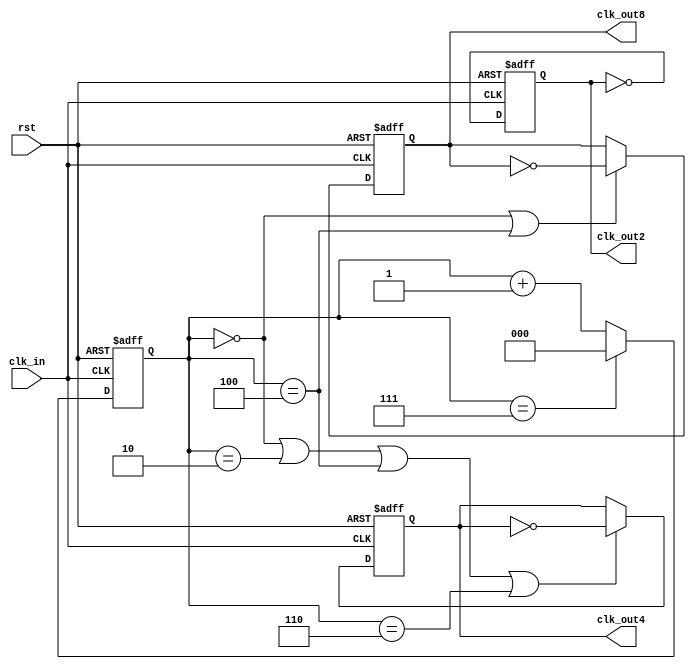
`timescale 1ns/1ns

module even_div
    (
    input     wire rst ,
    input     wire clk_in,
    output    wire clk_out2,
    output    wire clk_out4,
    output    wire clk_out8
    );
//*************code***********//
reg [2:0] cnt;
reg clk2,clk4,clk8;
always @(posedge clk_in or negedge rst)
begin
if(!rst)
cnt<=0;
else if(cnt==7)
cnt<=0;
else
cnt<=cnt+1;
end

always @(posedge clk_in or negedge rst)
begin
if(!rst)
clk2<=0;
else
clk2<=!clk2;
end

always @(posedge clk_in or negedge rst)
begin
if(!rst)
clk4<=0;
else if(cnt==0||cnt==2||cnt==4||cnt==6)
clk4<=!clk4;
end

always @(posedge clk_in or negedge rst)
begin
if(!rst)
clk8<=0;
else if(cnt==0||cnt==4)
clk8<=!clk8;
end

assign clk_out2=clk2;
assign clk_out4=clk4;
assign clk_out8=clk8;
//*************code***********//
endmodule